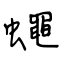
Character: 蠅